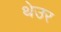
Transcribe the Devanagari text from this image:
थेउर